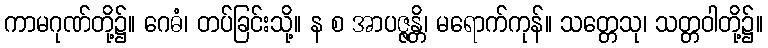
ကာမဂုဏ်တို့၌။ ဂေဓံ၊ တပ်ခြင်းသို့။ န စ အာပဇ္ဇန္တိ၊ မရောက်ကုန်။ သတ္တေသု၊ သတ္တဝါတို့၌။